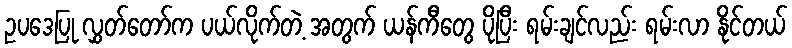
ဥပဒေပြု လွှတ်တော်က ပယ်လိုက်တဲ့ အတွက် ယန်ကီတွေ ပိုပြီး ရမ်းချင်လည်း ရမ်းလာ နိုင်တယ်